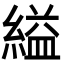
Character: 縊